Language: tamil
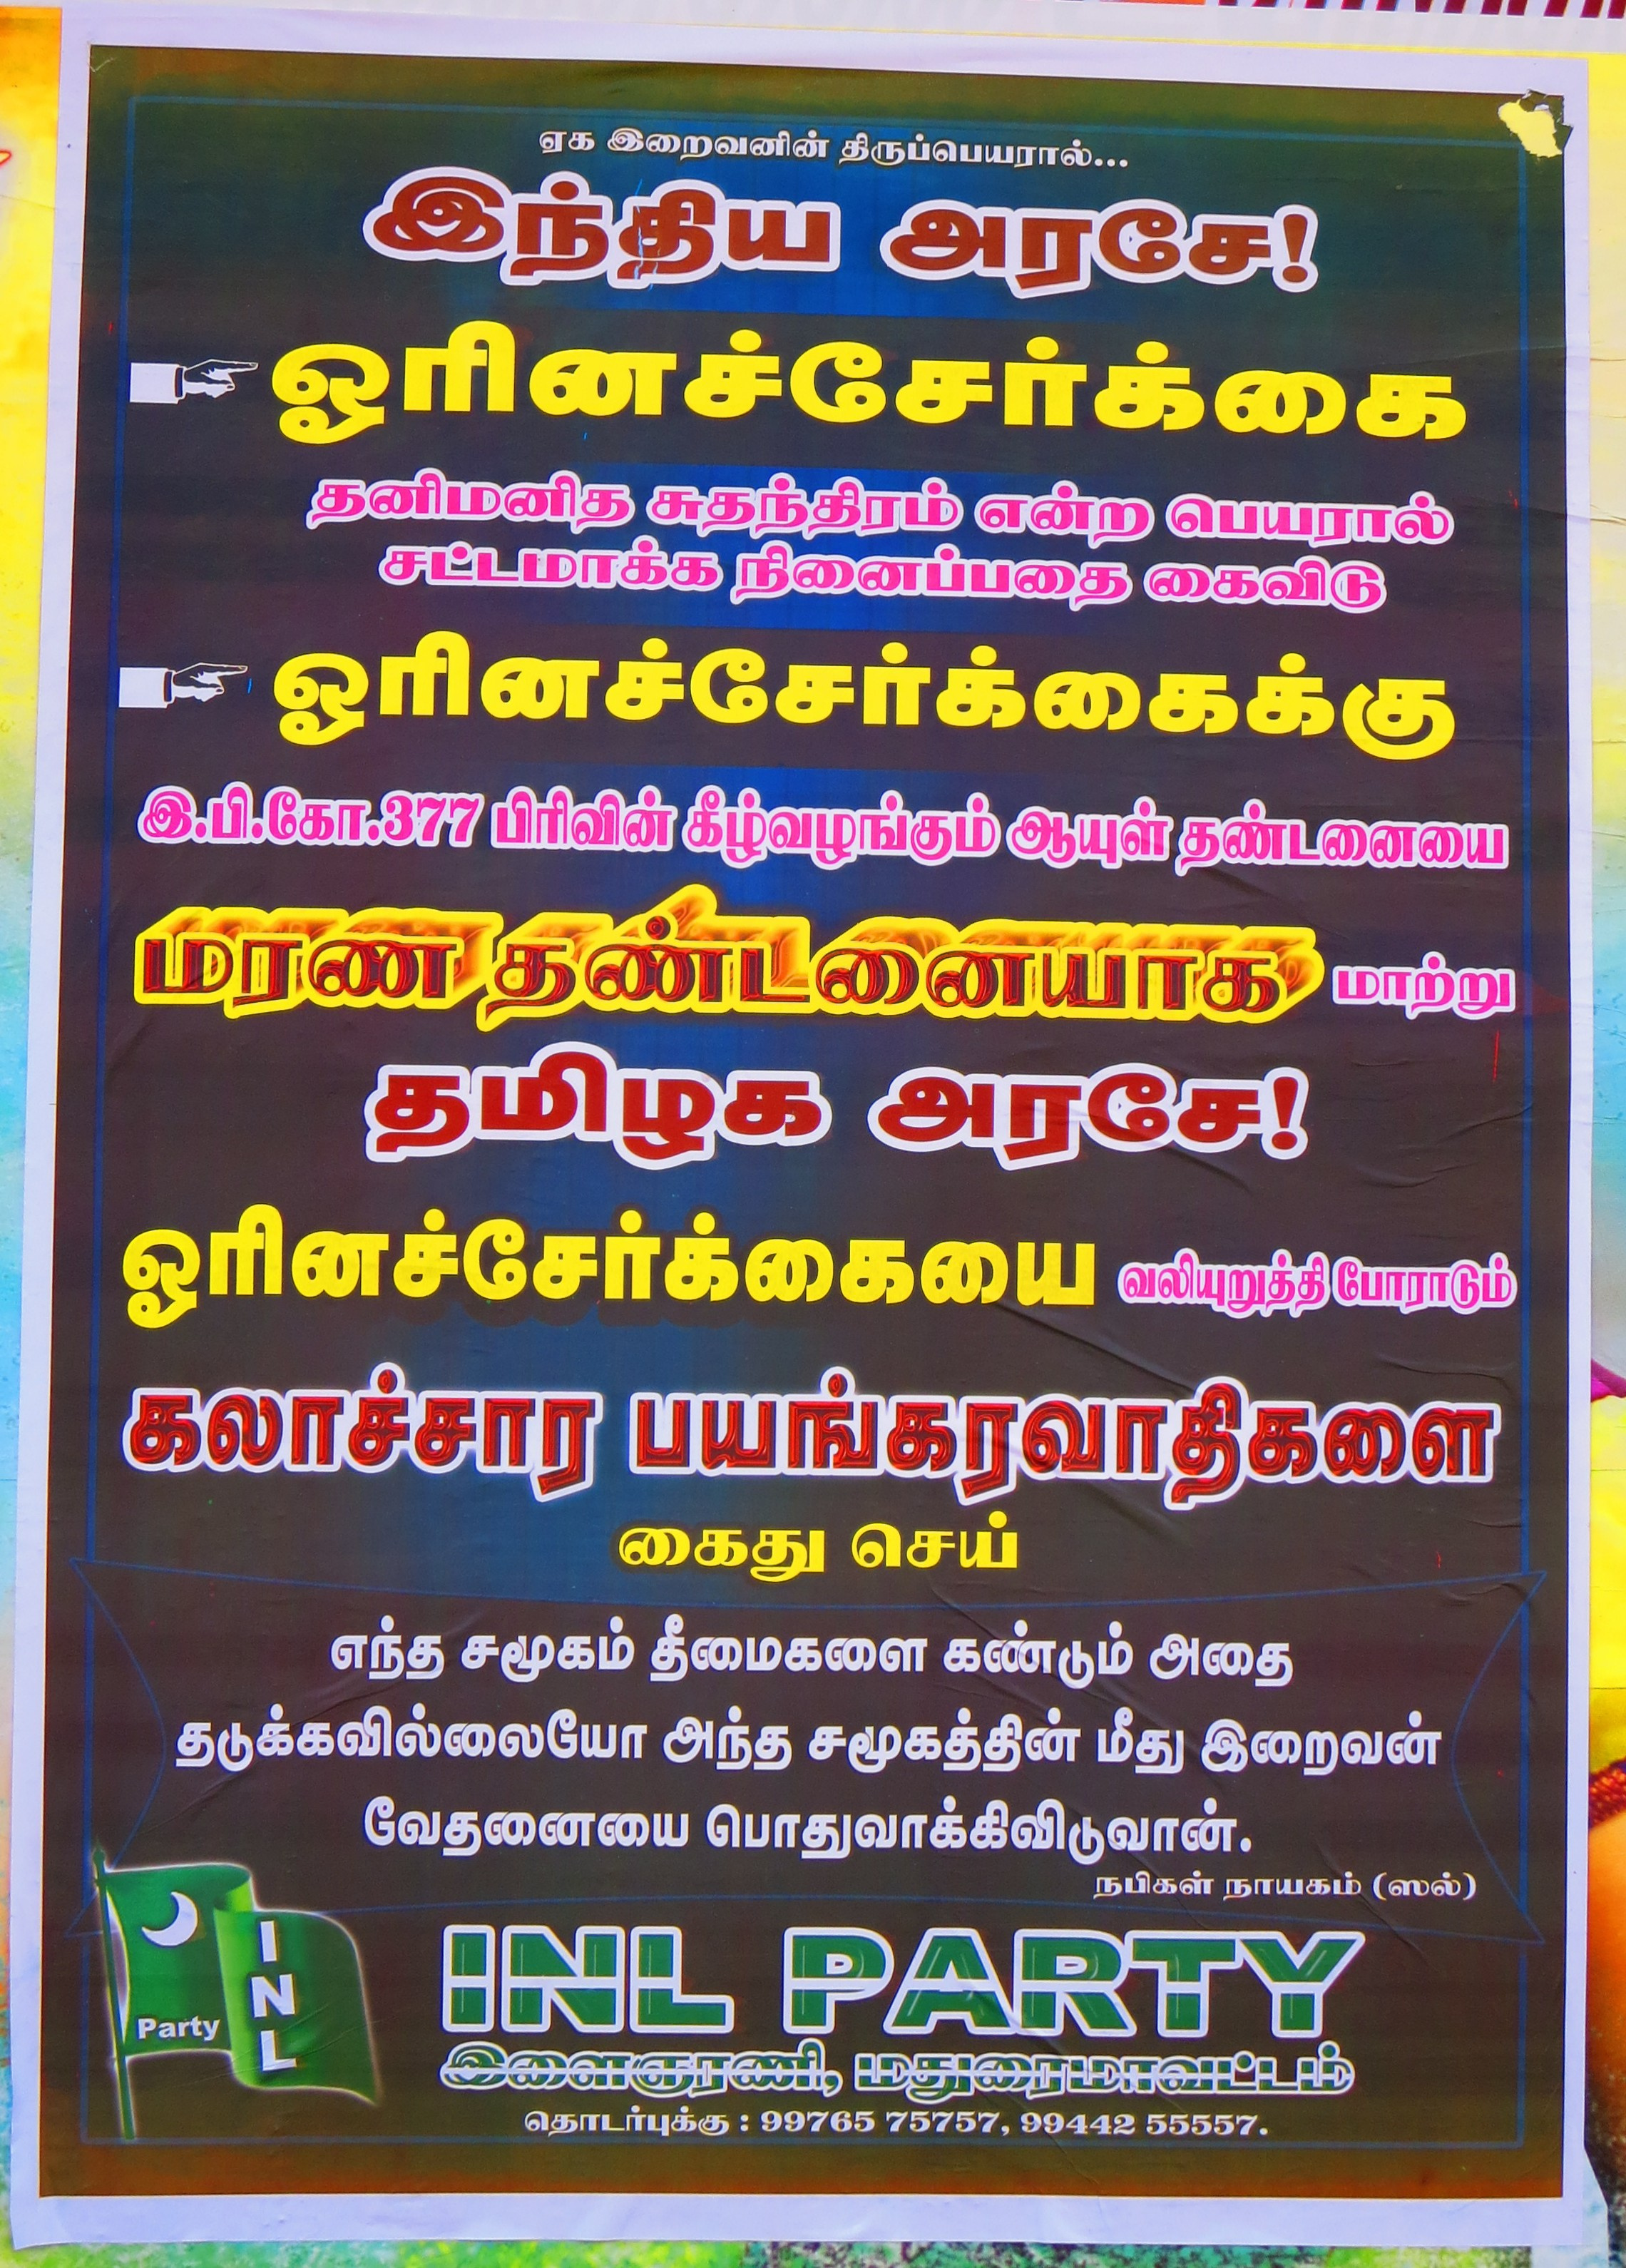
Transcription: இறைவனின் திருப்பெயரால் இந்திய தனிமனித சுதந்திரம் என்ற பெயரால் சட்டமாக்க நினைப்பதை கைவிடு பிரிவின் ஆயுள் தண்டனையை மரண தமிழக ஓரினச்சோ்க்கையை வலியுறுத்தி போராடும் கலாச்சார பயங்கரவாதிகளை கைது செய் சமூகம் தீமைகளை கண்டும் அதை தடுக்கவில்லையோ சமூகத்தின் மீது இறைவன் வேதனையை நபிகள் நாயகம் ஸல் இளைஞரணி மதுரை மாவட்டம் தொடர்புக்கு அரசே ஏக அரசே மாற்று தண்டனையாக எந்த அந்த ஓரினச்சேர்க்கைக்கு ஓரினச்சேர்க்கை